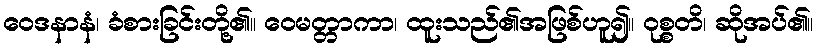
ဝေဒနာနံ၊ ခံစားခြင်းတို့၏။ ဝေမတ္တာကာ၊ ထူးသည်၏အဖြစ်ဟူ၍။ ဝုစ္စတိ၊ ဆိုအပ်၏။